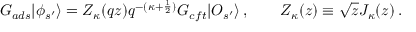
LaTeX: G _ { a d s } | \phi _ { s ^ { \prime } } \rangle = Z _ { \kappa } ( q z ) q ^ { - ( \kappa + \frac { 1 } { 2 } ) } G _ { c f t } | { \cal O } _ { s ^ { \prime } } \rangle \, , \qquad Z _ { \kappa } ( z ) \equiv \sqrt { z } J _ { \kappa } ( z ) \, .